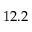
1 2 . 2